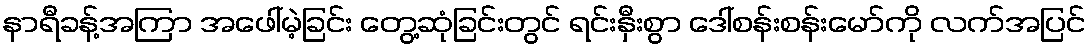
နာရီခန့်အကြာ အဖေါ်မဲ့ခြင်း တွေ့ဆုံခြင်းတွင် ရင်းနှီးစွာ ဒေါ်စန်းစန်းမော်ကို လက်အပြင်